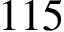
1 1 5